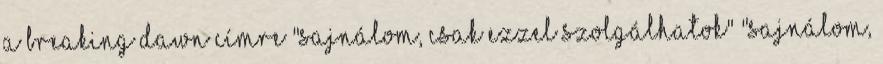
a Breaking Dawn címre "Sajnálom, csak ezzel szolgálhatok" "Sajnálom,